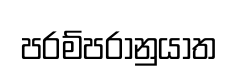
පරම්පරානුයාත